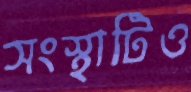
সংস্থাটিও